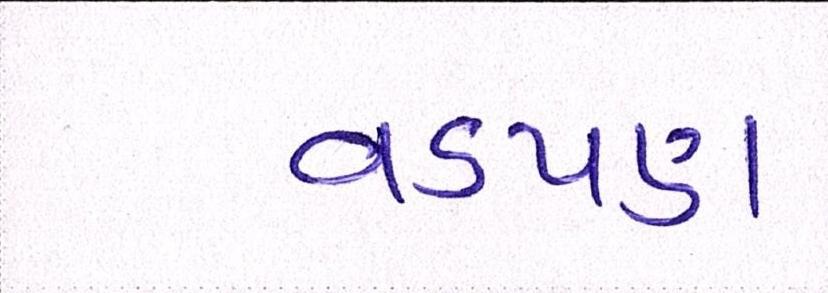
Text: વડપણ